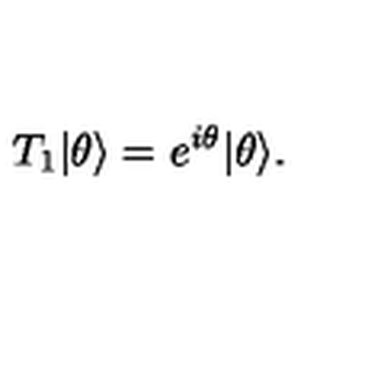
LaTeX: T _ { 1 } | \theta \rangle = e ^ { i \theta } | \theta \rangle .